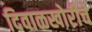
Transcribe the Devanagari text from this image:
दिवाळखोरीचे